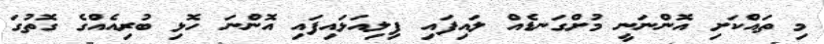
މި ތައްކަށި އޮންނަނީ މުށްގަނޑެއް ލައިފައި ފިލިއަޅައިފައި އޮންނަ ހޮޅި ބުރިއެއްގެ ގޮތުގަ